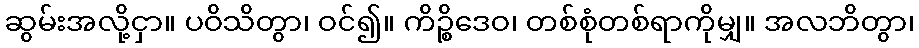
ဆွမ်းအလို့ငှာ။ ပဝိသိတွာ၊ ဝင်၍။ ကိဉ္စိဒေဝ၊ တစ်စုံတစ်ရာကိုမျှ။ အလဘိတွာ၊